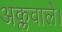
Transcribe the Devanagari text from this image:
अक्लवाले।